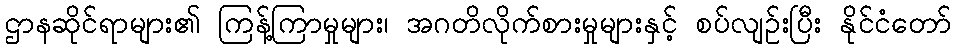
ဌာနဆိုင်ရာများ၏ ကြန့်ကြာမှုများ၊ အဂတိလိုက်စားမှုများနှင့် စပ်လျဉ်းပြီး နိုင်ငံတော်